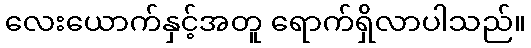
လေးယောက်နှင့်အတူ ရောက်ရှိလာပါသည်။